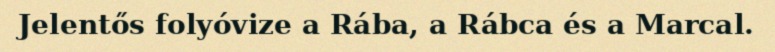
Jelentős folyóvize a Rába, a Rábca és a Marcal.